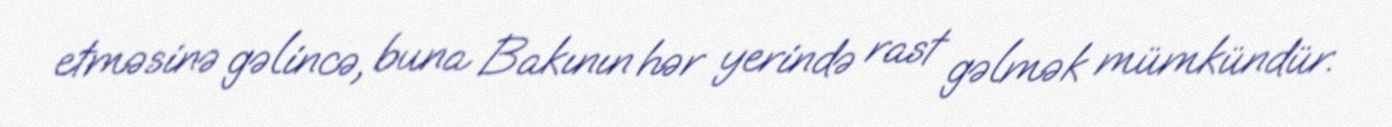
etməsinə gəlincə, buna Bakının hər yerində rast gəlmək mümkündür.